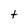
Character: t